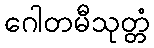
ဂေါတမီသုတ္တံ